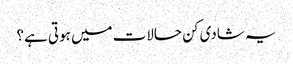
یہ شادی کن حالات میں ہوتی ہے؟